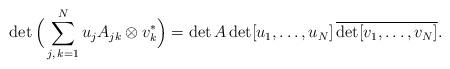
LaTeX: \begin{align*}\det\Big(\sum\sb{j,\,k=1}\sp{N}u_j A_{jk}\otimes v_k\sp\ast\Big)=\det A \det[u_1,\dots,u_N]\,\overline{\det[v_1,\dots,v_N]}.\end{align*}